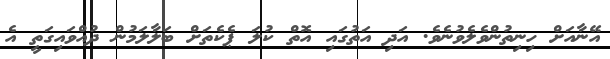
އޭނާއަށް ހިނިތުންވެލެވުނެވެ. އަދި އަތުގައި އޮތް ކުލަ ޕެކެތަށް ބަލާލަމުން ދުއްވައިގަތީ އެ